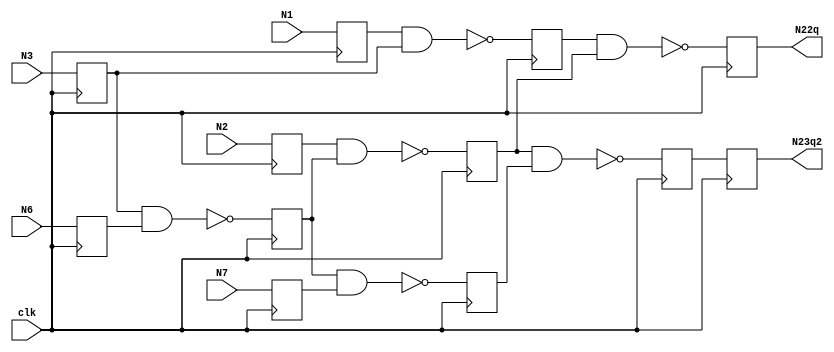
`timescale 1ns / 1ps

//Design 4 of 4 - Three pipeline stages (additionally at wires N16, N19, and a second at output N23)
module c17(N1,N2,N3,N6,N7,N22q,N23q2,clk);
input N1,N2,N3,N6,N7,clk;
output N22q,N23q2;
reg N1q,N3q,N6q,N2q,N7q,N22q,N10q,N11q,N19q,N16q,N23q1,N23q2;
wire N10,N11,N16,N19;
wire N22,N23;
nand NAND2_1 (N10, N1q, N3q);
nand NAND2_2 (N11, N3q, N6q);
nand NAND2_3 (N16, N2q, N11q);
nand NAND2_4 (N19, N11q, N7q);
nand NAND2_5 (N22, N10q, N16q);
nand NAND2_6 (N23, N16q, N19q);
always @ (posedge clk) begin
    N1q <= N1;
    N3q <= N3;
    N6q <= N6;
    N2q <= N2;
    N7q <= N7;
    N22q <= N22;
    N23q1 <= N23;
    N23q2 <= N23q1;
    N10q <= N10;
    N11q <= N11;
    N19q <= N19;
    N16q <= N16;
end
endmodule